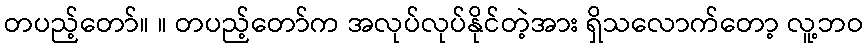
တပည့်တော်။ ။ တပည့်တော်က အလုပ်လုပ်နိုင်တဲ့အား ရှိသလောက်တော့ လူ့ဘဝ